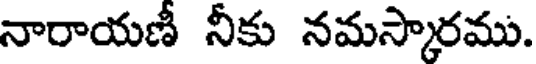
నారాయణీ నీకు నమస్కారము.